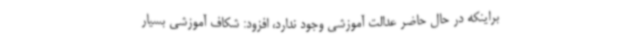
براینکه در حال حاضر عدالت آموزشی وجود ندارد، افزود: شکاف آموزشی بسیار